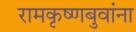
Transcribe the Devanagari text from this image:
रामकृष्णबुवांना